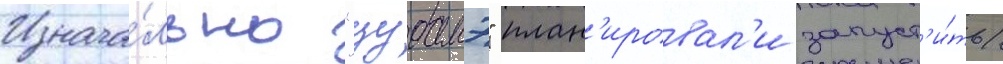
Изнача́льно "цубамэ" план'ировал'и запуст'и́ть